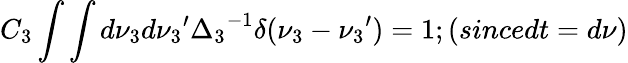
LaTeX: C_{3}\int\int d\nu_{3}d{\nu_{3}}^{\prime}{\Delta_{3}}^{-1}\delta(\nu_{3}-{\nu_{3}}^{\prime})=1;(sincedt=d\nu)